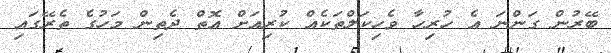
ބޭރުން ގަންނަ އެ ހުރިހާ ވެހިކަލްތަކެއް ކުރިއަށް އޮތް ދެތިން މަހުގެ ތެރޭގައި